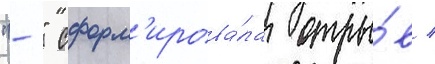
"-" сформ'ирова́ла отры́в /